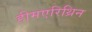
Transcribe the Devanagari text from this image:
हीमएरिथ्रिन